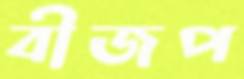
বীজপ